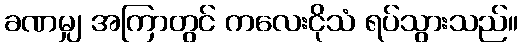
ခဏမျှ အကြာတွင် ကလေးငိုသံ ရပ်သွားသည်။